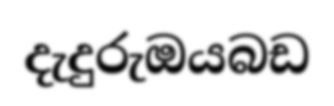
දැදුරුඔයබඩ